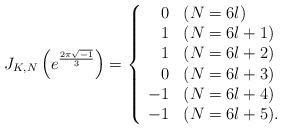
LaTeX: \begin{align*} J_{K,N}\left( e^{\frac{2\pi \sqrt{-1}}{3}} \right) = \left \{ \begin{array}{rl} 0 & (N=6l) \\ 1 & (N=6l+1) \\ 1 & (N=6l+2) \\ 0 & (N=6l+3) \\ -1 & (N=6l+4) \\ -1 & (N=6l+5). \end{array} \right. \end{align*}